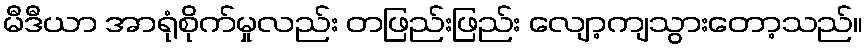
မီဒီယာ အာရုံစိုက်မှုလည်း တဖြည်းဖြည်း လျော့ကျသွားတော့သည်။